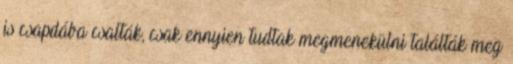
is csapdába csalták, csak ennyien tudtak megmenekülni találták meg